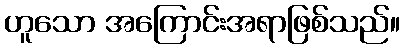
ဟူသော အကြောင်းအရာဖြစ်သည်။